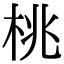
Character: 桃